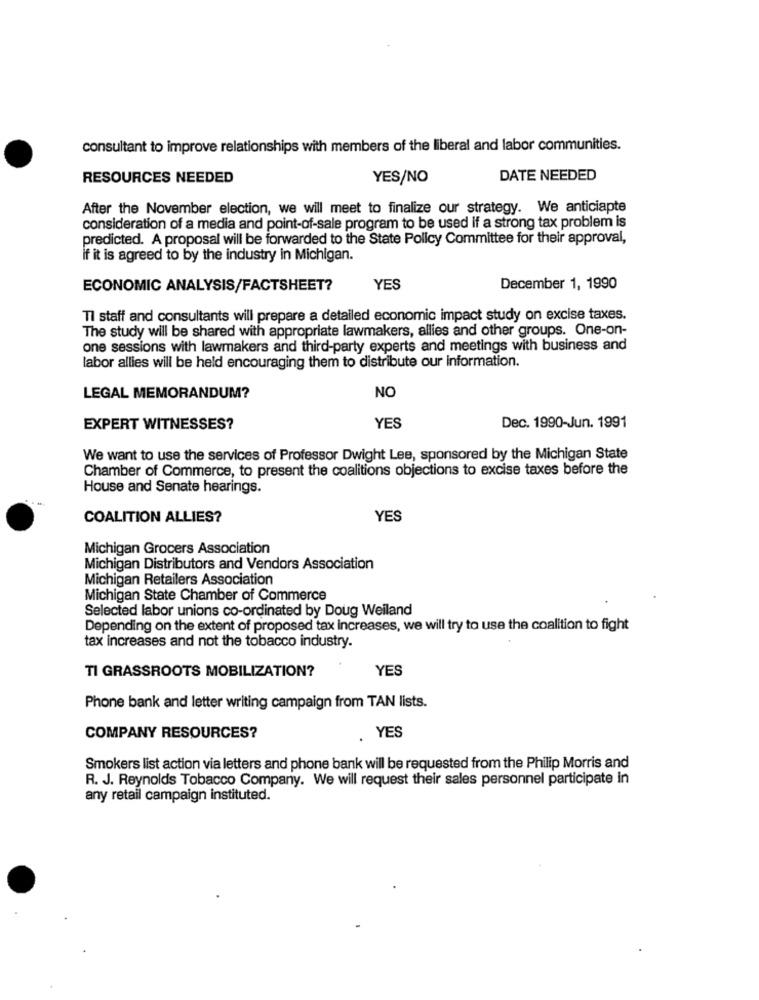
consultant to improve relationships with members of the liberal and labor communities.
RESOURCES NEEDED
YES/NO
DATE NEEDED
After the November election, we will meet to finalize our strategy. We anticiapte
consideration of a media and point-of-sale program to be used if a strong tax problem is
predicted. A proposal will be forwarded to the State Policy Committee for their approval,
if it is agreed to by the industry in Michigan.
ECONOMIC ANALYSIS/FACTSHEET?
YES
December 1, 1990
Tl staff and consultants will prepare a detailed economic impact study on excise taxes.
The study will be shared with appropriate lawmakers, allies and other groups. One-on-
one sessions with lawmakers and third-party experts and meetings with business and
labor allies will be held encouraging them to distribute our Information.
NO
LEGAL MEMORANDUM?
EXPERT WITNESSES?
YES
Dec. 1990-Jun. 1991
We want to use the services of Professor Dwight Lee, sponsored by the Michigan State
Chamber of Commerce, to present the coalitions objections to excise taxes before the
House and Senate hearings.
COALITION ALLIES?
YES
Michigan Grocers Association
Michigan Distributors and Vendors Association
Michigan Retailers Association
Michigan State Chamber of Commerce
Selected labor unions co-ordinated by Doug Weiland
Depending on the extent of proposed tax increases, we will try to use the coalition to fight
tax increases and not the tobacco industry.
TI GRASSROOTS MOBILIZATION?
YES
Phone bank and letter writing campaign from TAN lists.
. YES
COMPANY RESOURCES?
Smokers list action via letters and phone bank will be requested from the Philip Morris and
R. J. Reynolds Tobacco Company. We will request their sales personnel participate in
any retail campaign instituted.